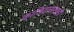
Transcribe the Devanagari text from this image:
कालिदासालाही